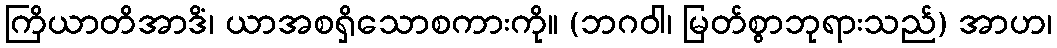
ကြိယာတိအာဒိံ၊ ယာအစရှိသောစကားကို။ (ဘဂဝါ၊ မြတ်စွာဘုရားသည်) အာဟ၊